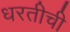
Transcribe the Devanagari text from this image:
धरतीची